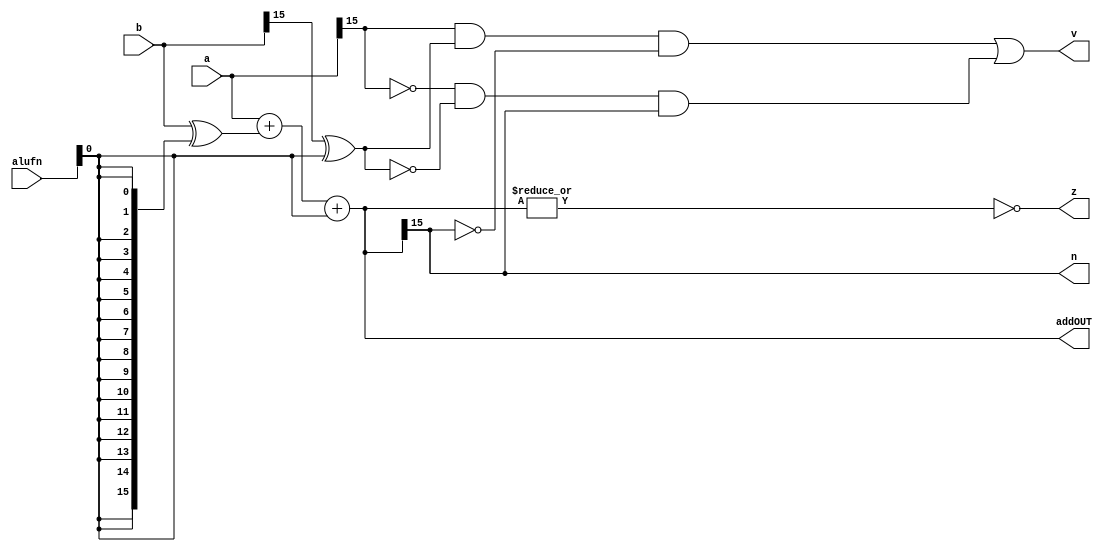
/*
   This file was generated automatically by the Mojo IDE version B1.3.6.
   Do not edit this file directly. Instead edit the original Lucid source.
   This is a temporary file and any changes made to it will be destroyed.
*/

module adder16_15 (
    input [5:0] alufn,
    input [15:0] a,
    input [15:0] b,
    output reg z,
    output reg v,
    output reg n,
    output reg [15:0] addOUT
  );
  
  
  
  reg [15:0] out;
  
  always @* begin
    out = $signed(a) + $signed(b ^ {5'h10{alufn[0+0-:1]}}) + alufn[0+0-:1];
    addOUT = out;
    z = (~|out);
    v = (a[15+0-:1] & (b[15+0-:1] ^ alufn[0+0-:1]) & ~out[15+0-:1]) | (~a[15+0-:1] & ~(b[15+0-:1] ^ alufn[0+0-:1]) & out[15+0-:1]);
    n = out[15+0-:1];
  end
endmodule